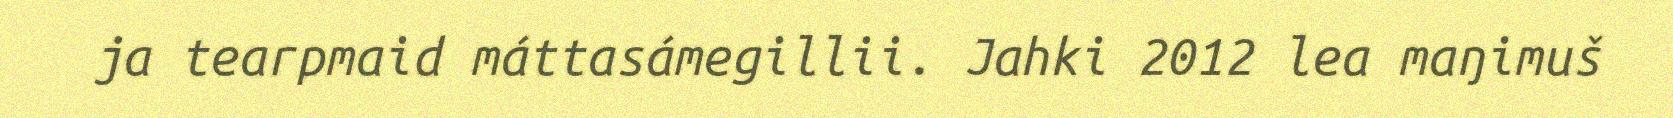
ja tearpmaid máttasámegillii. Jahki 2012 lea maŋimuš